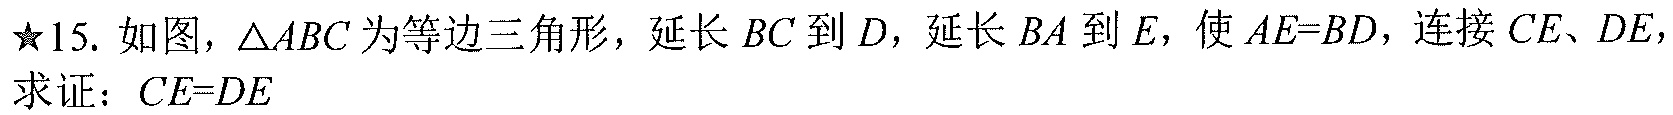
★15. 如图, \(\triangle ABC\) 为等边三角形，延长 \(BC\) 到 \(D\)，延长 \(BA\) 到 \(E\)，使 \(AE = BD\)，连接 \(CE、DE\)，
求证：\(CE = DE\)